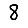
Digit: 8